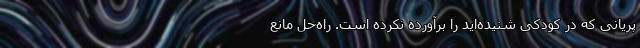
پریانی که در کودکی شنیده‌اید را برآورده نکرده است. راه‌حلِ مانعِ